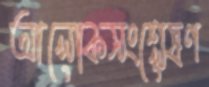
আলোকসংশ্লেষণ